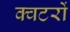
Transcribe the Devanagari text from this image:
क्वटरों